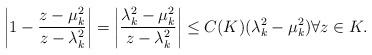
LaTeX: \begin{align*}\left| 1-\frac{z- \mu_k^2 }{z-\lambda_k^2 } \right| = \left| \frac{\lambda_k^2 - \mu_k^2 }{z-\lambda_k^2 } \right|\le C(K) (\lambda_k^2 - \mu_k^2) \forall z\in K . \end{align*}